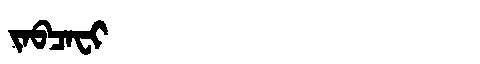
Manchu: ᠵᠠᠪᠴᠠᠸᡳ
Romanization: JABCAFI